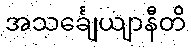
အသင်္ချေယျာနီတိ